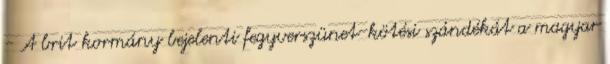
- A brit kormány bejelenti fegyverszünet-kötési szándékát a magyar